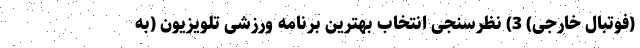
(فوتبال خارجی) 3) نظرسنجی انتخاب بهترین برنامه ورزشی تلویزیون (به